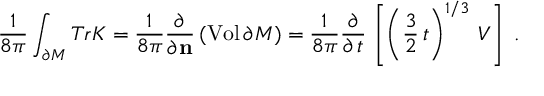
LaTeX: \frac { 1 } { 8 \pi } \int _ { \partial { \cal M } } T r { \cal K } = \frac { 1 } { 8 \pi } \frac { \partial } { \partial { \bf n } } \, ( \mathrm { V o l } \, \partial { \cal M } ) = \frac { 1 } { 8 \pi } \frac { \partial } { \partial \, t } \, \left[ \left( \frac { 3 } { 2 } \, t \right) ^ { 1 / 3 } \, { \cal V } \right] \ .